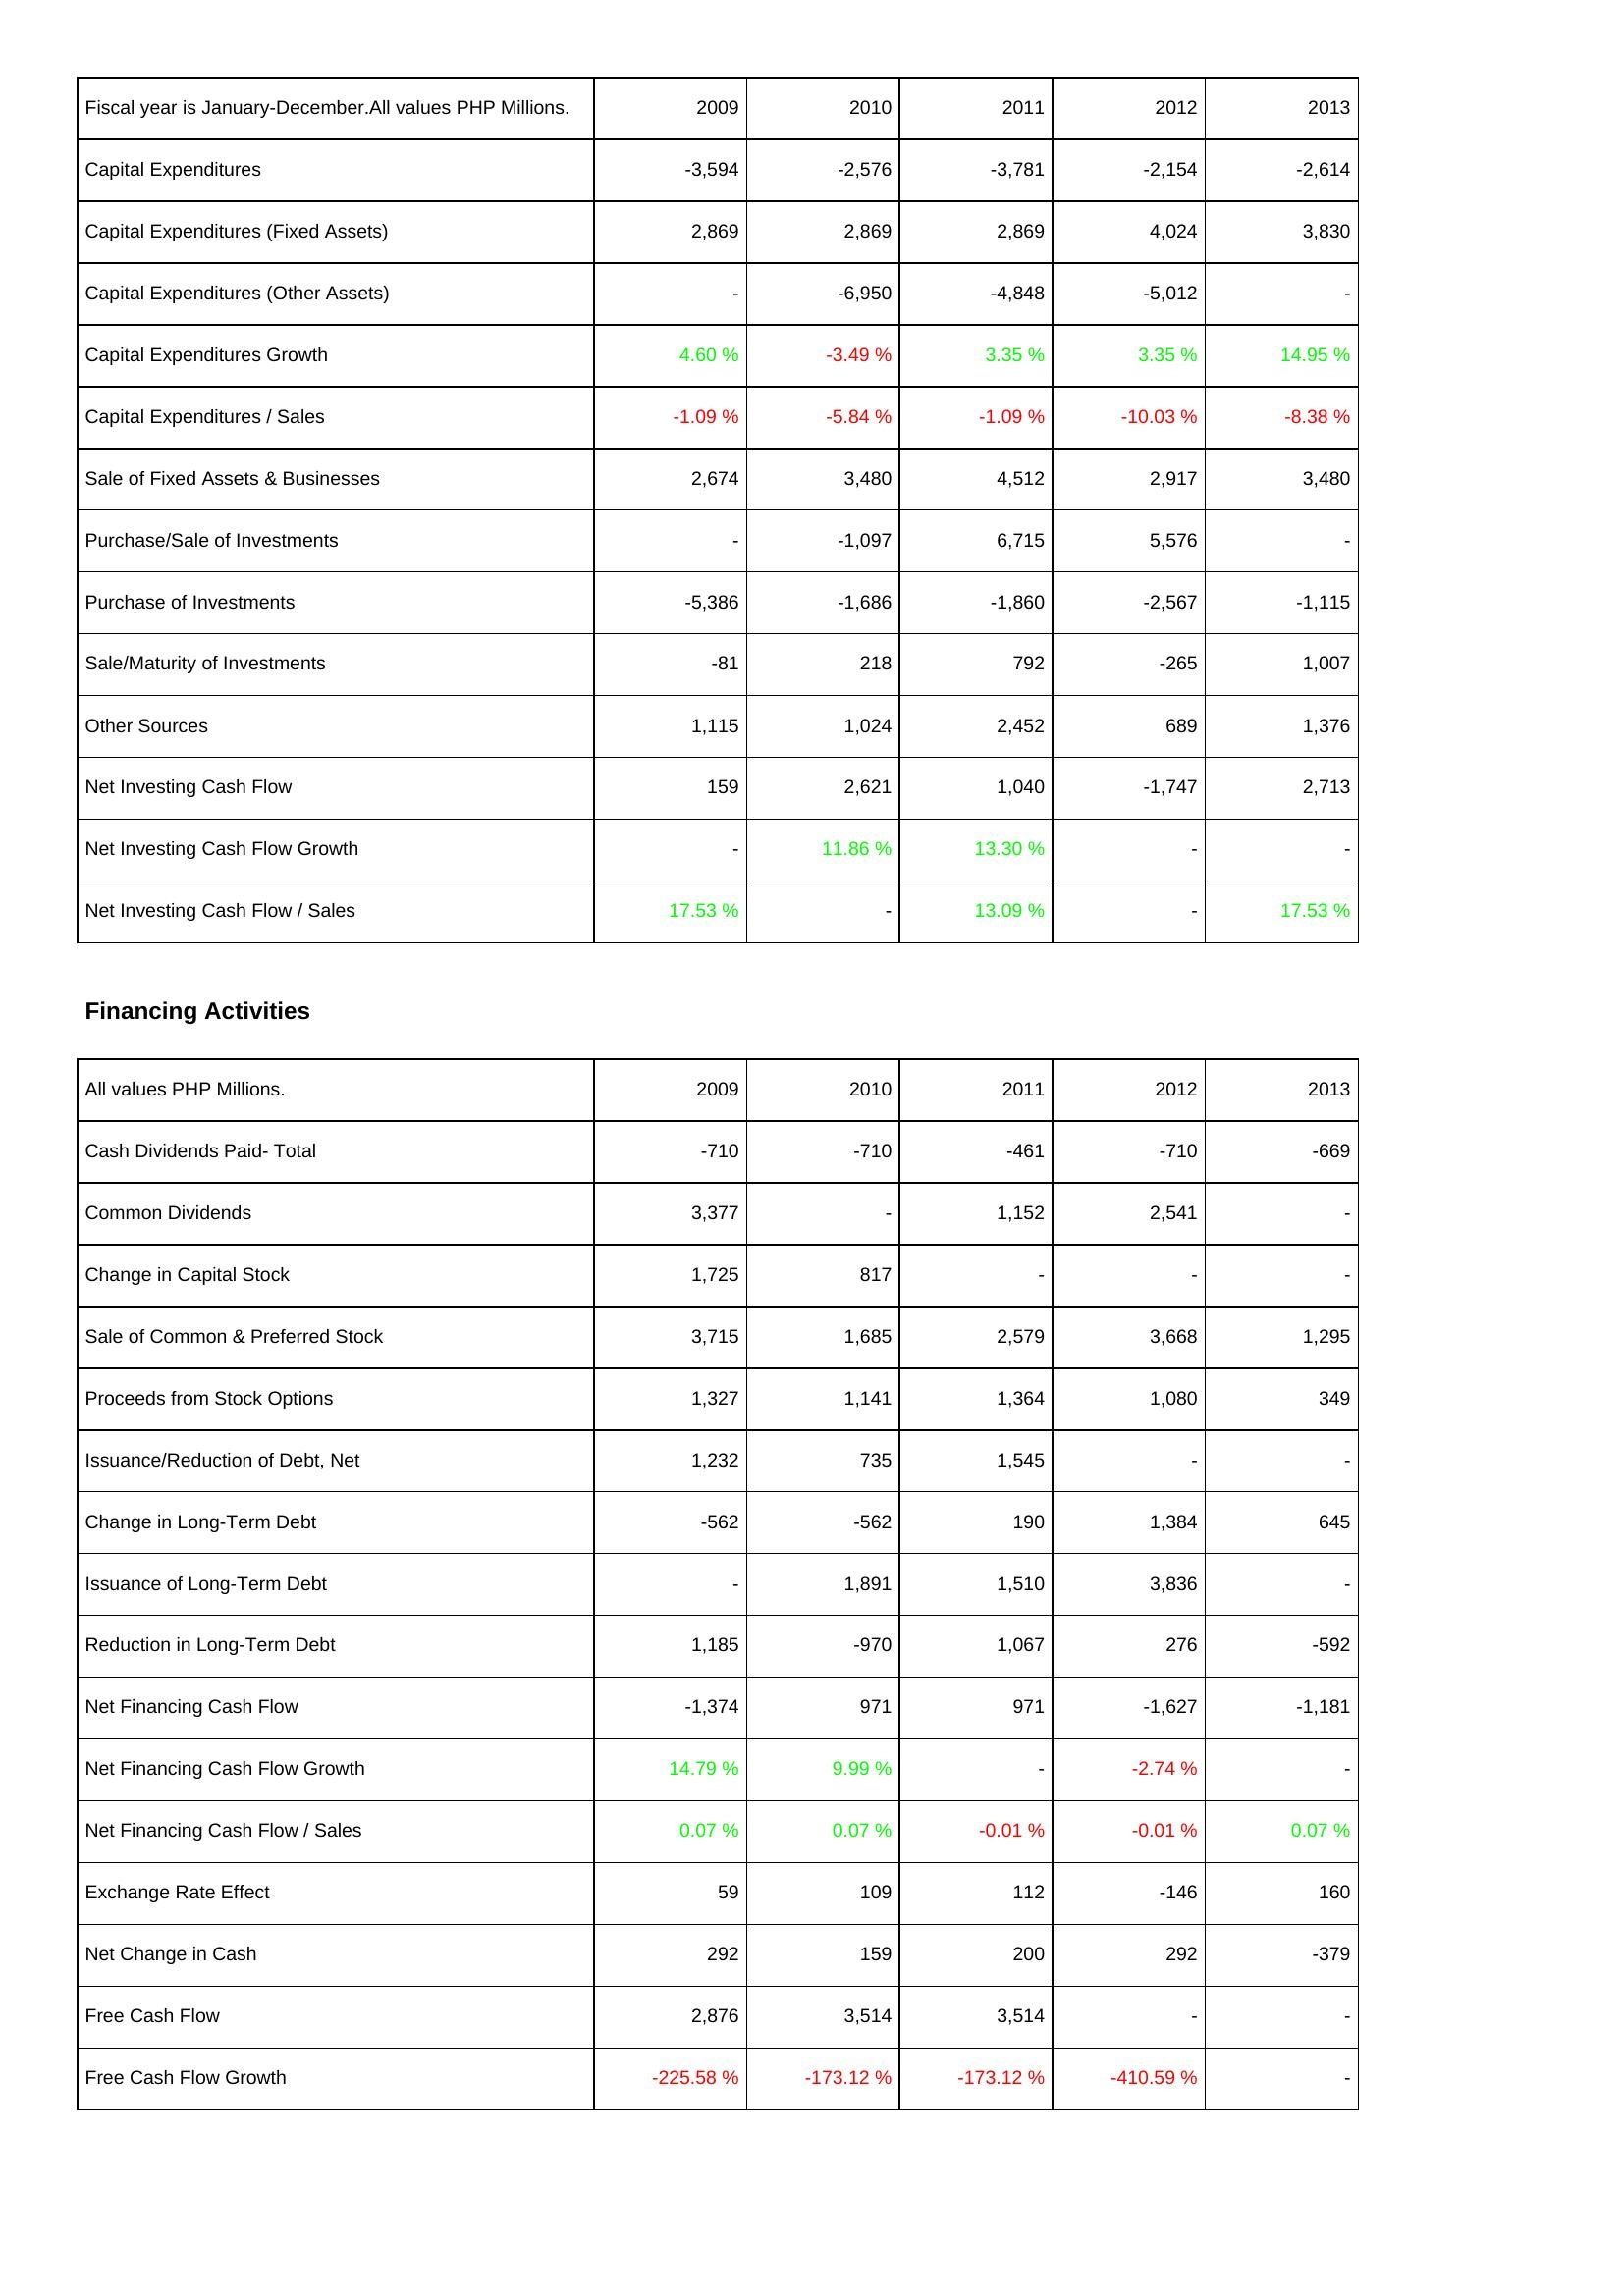
2009: Investing Activities: Capital Expenditures: -3,594
Capital Expenditures (Fixed Assets): 2,869
Capital Expenditures (Other Assets): -
Capital Expenditures Growth: 4.60 %
Capital Expenditures / Sales: -1.09 %
Sale of Fixed Assets & Businesses: 2,674
Purchase/Sale of Investments: -
Purchase of Investments: -5,386
Sale/Maturity of Investments: -81
Other Sources: 1,115
Net Investing Cash Flow: 159
Net Investing Cash Flow Growth: -
Net Investing Cash Flow / Sales: 17.53 %
Financing Activities: Cash Dividends Paid- Total: -710
Common Dividends: 3,377
Change in Capital Stock: 1,725
Sale of Common & Preferred Stock: 3,715
Proceeds from Stock Options: 1,327
Issuance/Reduction of Debt, Net: 1,232
Change in Long-Term Debt: -562
Issuance of Long-Term Debt: -
Reduction in Long-Term Debt: 1,185
Net Financing Cash Flow: -1,374
Net Financing Cash Flow Growth: 14.79 %
Net Financing Cash Flow / Sales: 0.07 %
Exchange Rate Effect: 59
Net Change in Cash: 292
Free Cash Flow: 2,876
Free Cash Flow Growth: -225.58 %
2010: Investing Activities: Capital Expenditures: -2,576
Capital Expenditures (Fixed Assets): 2,869
Capital Expenditures (Other Assets): -6,950
Capital Expenditures Growth: -3.49 %
Capital Expenditures / Sales: -5.84 %
Sale of Fixed Assets & Businesses: 3,480
Purchase/Sale of Investments: -1,097
Purchase of Investments: -1,686
Sale/Maturity of Investments: 218
Other Sources: 1,024
Net Investing Cash Flow: 2,621
Net Investing Cash Flow Growth: 11.86 %
Net Investing Cash Flow / Sales: -
Financing Activities: Cash Dividends Paid- Total: -710
Common Dividends: -
Change in Capital Stock: 817
Sale of Common & Preferred Stock: 1,685
Proceeds from Stock Options: 1,141
Issuance/Reduction of Debt, Net: 735
Change in Long-Term Debt: -562
Issuance of Long-Term Debt: 1,891
Reduction in Long-Term Debt: -970
Net Financing Cash Flow: 971
Net Financing Cash Flow Growth: 9.99 %
Net Financing Cash Flow / Sales: 0.07 %
Exchange Rate Effect: 109
Net Change in Cash: 159
Free Cash Flow: 3,514
Free Cash Flow Growth: -173.12 %
2011: Investing Activities: Capital Expenditures: -3,781
Capital Expenditures (Fixed Assets): 2,869
Capital Expenditures (Other Assets): -4,848
Capital Expenditures Growth: 3.35 %
Capital Expenditures / Sales: -1.09 %
Sale of Fixed Assets & Businesses: 4,512
Purchase/Sale of Investments: 6,715
Purchase of Investments: -1,860
Sale/Maturity of Investments: 792
Other Sources: 2,452
Net Investing Cash Flow: 1,040
Net Investing Cash Flow Growth: 13.30 %
Net Investing Cash Flow / Sales: 13.09 %
Financing Activities: Cash Dividends Paid- Total: -461
Common Dividends: 1,152
Change in Capital Stock: -
Sale of Common & Preferred Stock: 2,579
Proceeds from Stock Options: 1,364
Issuance/Reduction of Debt, Net: 1,545
Change in Long-Term Debt: 190
Issuance of Long-Term Debt: 1,510
Reduction in Long-Term Debt: 1,067
Net Financing Cash Flow: 971
Net Financing Cash Flow Growth: -
Net Financing Cash Flow / Sales: -0.01 %
Exchange Rate Effect: 112
Net Change in Cash: 200
Free Cash Flow: 3,514
Free Cash Flow Growth: -173.12 %
2012: Investing Activities: Capital Expenditures: -2,154
Capital Expenditures (Fixed Assets): 4,024
Capital Expenditures (Other Assets): -5,012
Capital Expenditures Growth: 3.35 %
Capital Expenditures / Sales: -10.03 %
Sale of Fixed Assets & Businesses: 2,917
Purchase/Sale of Investments: 5,576
Purchase of Investments: -2,567
Sale/Maturity of Investments: -265
Other Sources: 689
Net Investing Cash Flow: -1,747
Net Investing Cash Flow Growth: -
Net Investing Cash Flow / Sales: -
Financing Activities: Cash Dividends Paid- Total: -710
Common Dividends: 2,541
Change in Capital Stock: -
Sale of Common & Preferred Stock: 3,668
Proceeds from Stock Options: 1,080
Issuance/Reduction of Debt, Net: -
Change in Long-Term Debt: 1,384
Issuance of Long-Term Debt: 3,836
Reduction in Long-Term Debt: 276
Net Financing Cash Flow: -1,627
Net Financing Cash Flow Growth: -2.74 %
Net Financing Cash Flow / Sales: -0.01 %
Exchange Rate Effect: -146
Net Change in Cash: 292
Free Cash Flow: -
Free Cash Flow Growth: -410.59 %
2013: Investing Activities: Capital Expenditures: -2,614
Capital Expenditures (Fixed Assets): 3,830
Capital Expenditures (Other Assets): -
Capital Expenditures Growth: 14.95 %
Capital Expenditures / Sales: -8.38 %
Sale of Fixed Assets & Businesses: 3,480
Purchase/Sale of Investments: -
Purchase of Investments: -1,115
Sale/Maturity of Investments: 1,007
Other Sources: 1,376
Net Investing Cash Flow: 2,713
Net Investing Cash Flow Growth: -
Net Investing Cash Flow / Sales: 17.53 %
Financing Activities: Cash Dividends Paid- Total: -669
Common Dividends: -
Change in Capital Stock: -
Sale of Common & Preferred Stock: 1,295
Proceeds from Stock Options: 349
Issuance/Reduction of Debt, Net: -
Change in Long-Term Debt: 645
Issuance of Long-Term Debt: -
Reduction in Long-Term Debt: -592
Net Financing Cash Flow: -1,181
Net Financing Cash Flow Growth: -
Net Financing Cash Flow / Sales: 0.07 %
Exchange Rate Effect: 160
Net Change in Cash: -379
Free Cash Flow: -
Free Cash Flow Growth: -